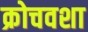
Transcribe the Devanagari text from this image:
क्रोचवशा